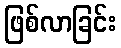
ဖြစ်လာခြင်း